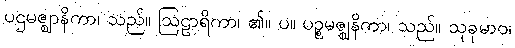
ပဌမဇ္ဈာနိကာ၊ သည်။ ဩဠာရိကာ၊ ၏။ ပ။ ပဉ္စမဇ္ဈနိကာ၊ သည်။ သုခုမာဝ၊